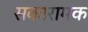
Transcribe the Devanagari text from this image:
सकारामक